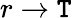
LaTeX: r\to\mathtt{T}